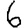
Digit: 6